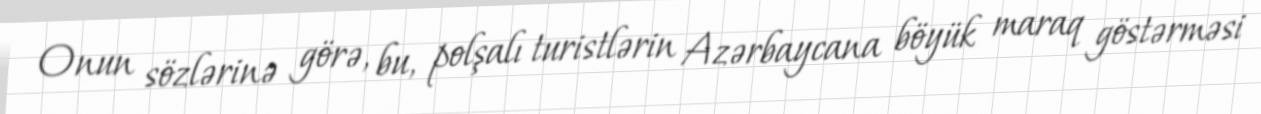
Onun sözlərinə görə, bu, polşalı turistlərin Azərbaycana böyük maraq göstərməsi